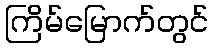
ကြိမ်မြောက်တွင်